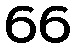
66